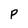
Character: P